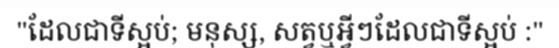
"ដែលជាទីស្អប់; មនុស្ស, សត្វឬអ្វីៗដែលជាទីស្អប់ :"